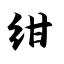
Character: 绀